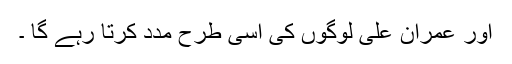
اور عمران علی لوگوں کی اسی طرح مدد کرتا رہے گا ۔